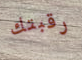
رقبتك